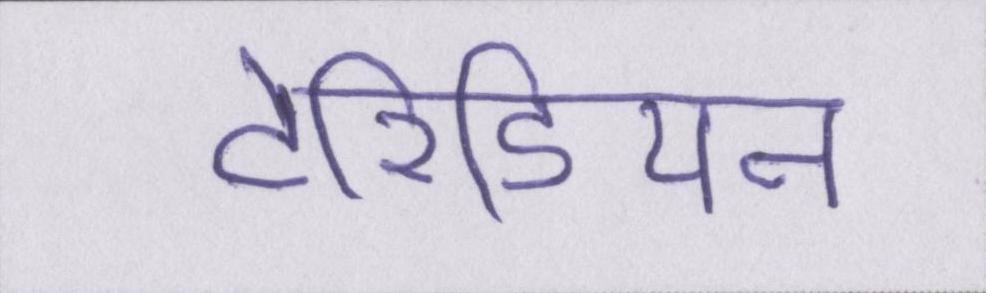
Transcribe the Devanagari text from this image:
टेरिडियन